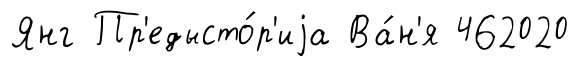
Янг Пр'едысто́р'иjа Ва́н'я 462020